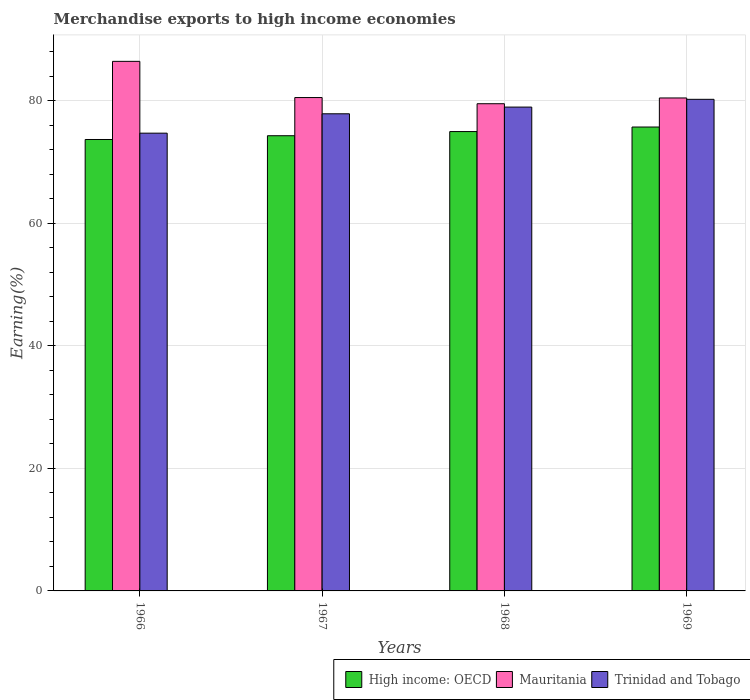
| Years | High income: OECD | Mauritania | Trinidad and Tobago |
 | --- | --- | --- | --- |
 | 1966 | 73.6 | 86.4 | 74.7 |
 | 1967 | 74.3 | 80.5 | 77.8 |
 | 1968 | 74.9 | 79.5 | 78.9 |
 | 1969 | 75.7 | 80.4 | 80.2 |